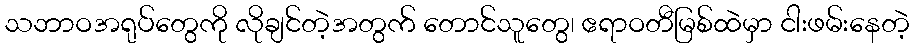
သဘာဝအရုပ်တွေကို လိုချင်တဲ့အတွက် တောင်သူတွေ၊ ဧရာဝတီမြစ်ထဲမှာ ငါးဖမ်းနေတဲ့